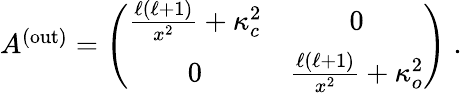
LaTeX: \begin{array}{r}{A^{\mathrm{(out)}}=\left(\begin{array}{cc}{\frac{\ell(\ell+1)}{x^{2}}+\kappa_{c}^{2}}&{0}\\ {0}&{\frac{\ell(\ell+1)}{x^{2}}+\kappa_{o}^{2}}\end{array}\right)\; .}\end{array}